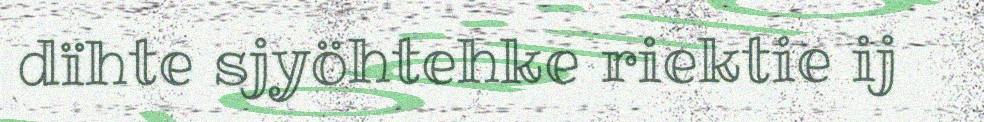
dïhte sjyöhtehke riektie ij